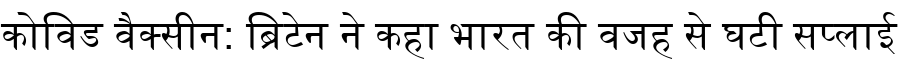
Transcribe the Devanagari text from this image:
कोविड वैक्सीन: ब्रिटेन ने कहा भारत की वजह से घटी सप्लाई